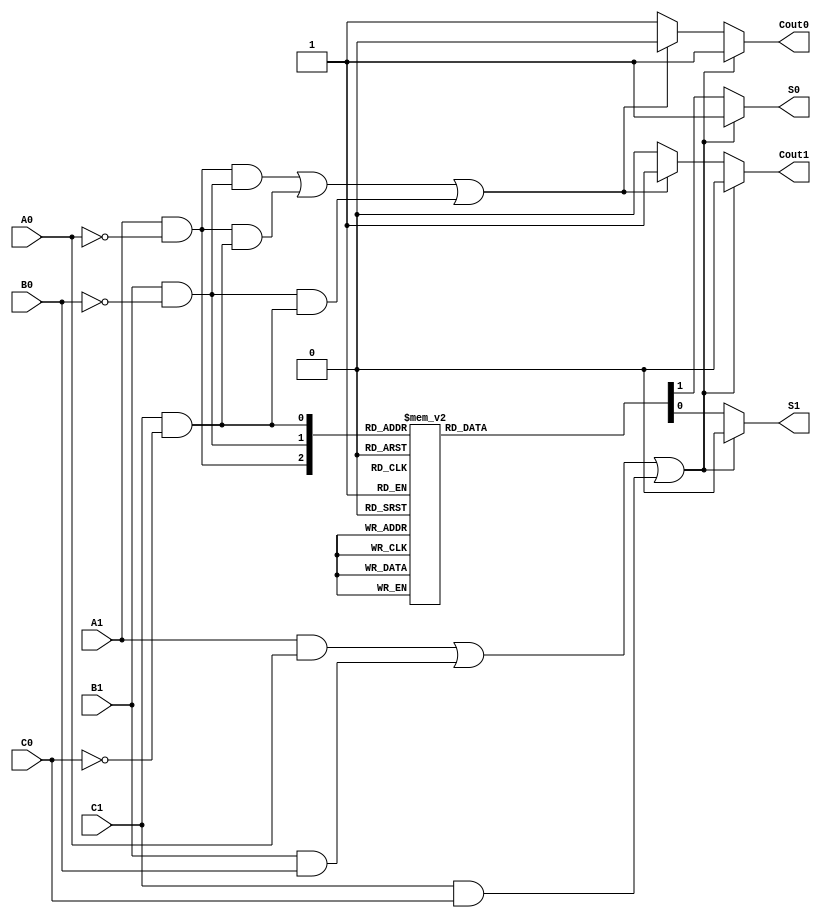
module dual_rail_full_adder (
    input A1, A0, // Dual-rail representation of input A
    input B1, B0, // Dual-rail representation of input B
    input C1, C0, // Dual-rail representation of carry-in (Cin)
    output reg S1, S0, // Dual-rail representation of sum output
    output reg Cout1, Cout0 // Dual-rail representation of carry-out output
);

// Internal signals for single-bit representation
wire A = A1 & ~A0; // Decode A
wire B = B1 & ~B0; // Decode B
wire Cin = C1 & ~C0; // Decode Cin

// Error detection: Check for invalid states (both rails active)
wire invalid_A = A1 & A0; // Invalid state for A
wire invalid_B = B1 & B0; // Invalid state for B
wire invalid_Cin = C1 & C0; // Invalid state for Cin

always @(*) begin
    // Default outputs for invalid states
    S1 = 1'b0;
    S0 = 1'b1;
    Cout1 = 1'b0;
    Cout0 = 1'b1;

    // Error handling
    if (invalid_A || invalid_B || invalid_Cin) begin
        // Handle error: Outputs remain in the default state
        S1 = 1'b0;
        S0 = 1'b1;
        Cout1 = 1'b0;
        Cout0 = 1'b1;
    end else begin
        // Sum Calculation
        case ({A, B, Cin})
            3'b000: begin S1 = 0; S0 = 1; end // 0 + 0 + 0 = 0
            3'b001: begin S1 = 1; S0 = 0; end // 0 + 0 + 1 = 1
            3'b010: begin S1 = 1; S0 = 0; end // 0 + 1 + 0 = 1
            3'b011: begin S1 = 0; S0 = 1; end // 0 + 1 + 1 = 0
            3'b100: begin S1 = 1; S0 = 0; end // 1 + 0 + 0 = 1
            3'b101: begin S1 = 0; S0 = 1; end // 1 + 0 + 1 = 0
            3'b110: begin S1 = 0; S0 = 1; end // 1 + 1 + 0 = 0
            3'b111: begin S1 = 1; S0 = 0; end // 1 + 1 + 1 = 1
        endcase

        // Carry-out Calculation
        if ((A && B) || (A && Cin) || (B && Cin)) begin
            Cout1 = 1'b1; // At least two inputs are 1
            Cout0 = 1'b0;
        end
    end
end

endmodule